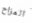
المزاح